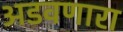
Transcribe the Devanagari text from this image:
अडवणारा